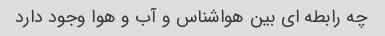
چه رابطه ای بین هواشناس و آب و هوا وجود دارد